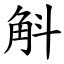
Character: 斛